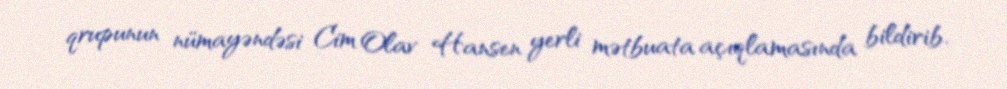
qrupunun nümayəndəsi Cim Olav Hansen yerli mətbuata açıqlamasında bildirib.